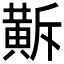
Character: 𪎺